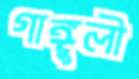
গাঙ্গুলী